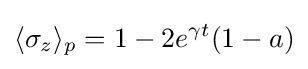
\langle \sigma _{z}\rangle _{p}=1-2e^{\gamma t}(1-a)